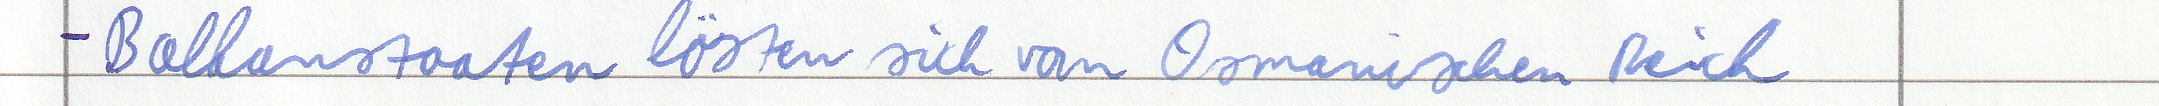
- Balkanstaaten lösten sich vom Osmanischen Reich